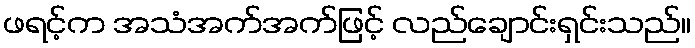
ဖရင့်က အသံအက်အက်ဖြင့် လည်ချောင်းရှင်းသည်။